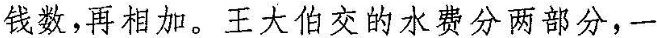
钱数，再相加。王大伯交的水费分两部分，一